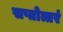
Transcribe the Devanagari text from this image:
सप्तोत्तरं